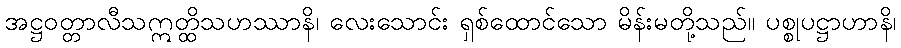
အဋ္ဌဝတ္တာလီသဣတ္ထိသဟဿာနိ၊ လေးသောင်း ရှစ်ထောင်သော မိန်းမတို့သည်။ ပစ္စုပဋ္ဌာဟာနိ၊